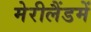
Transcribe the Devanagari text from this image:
मेरीलैंडमें